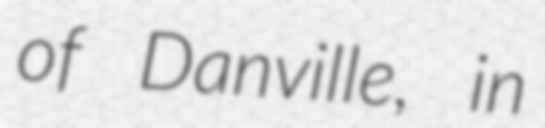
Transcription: of Danville, in